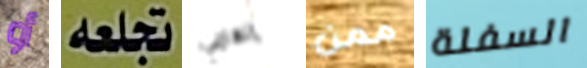
أو تجعله إلهامي ممن السفلة